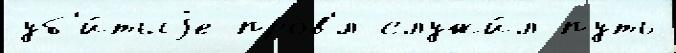
уб'и́тыjе пров'́л служи́л путь